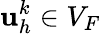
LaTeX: \mathbf{u}_{h}^{k}\in V_{F}